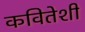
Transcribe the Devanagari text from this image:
कवितेशी